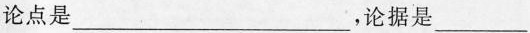
论点是___，论据是___。